65_HS1-834228961_62-HQ-83894_Section_7
Agency: FBI
Page 178
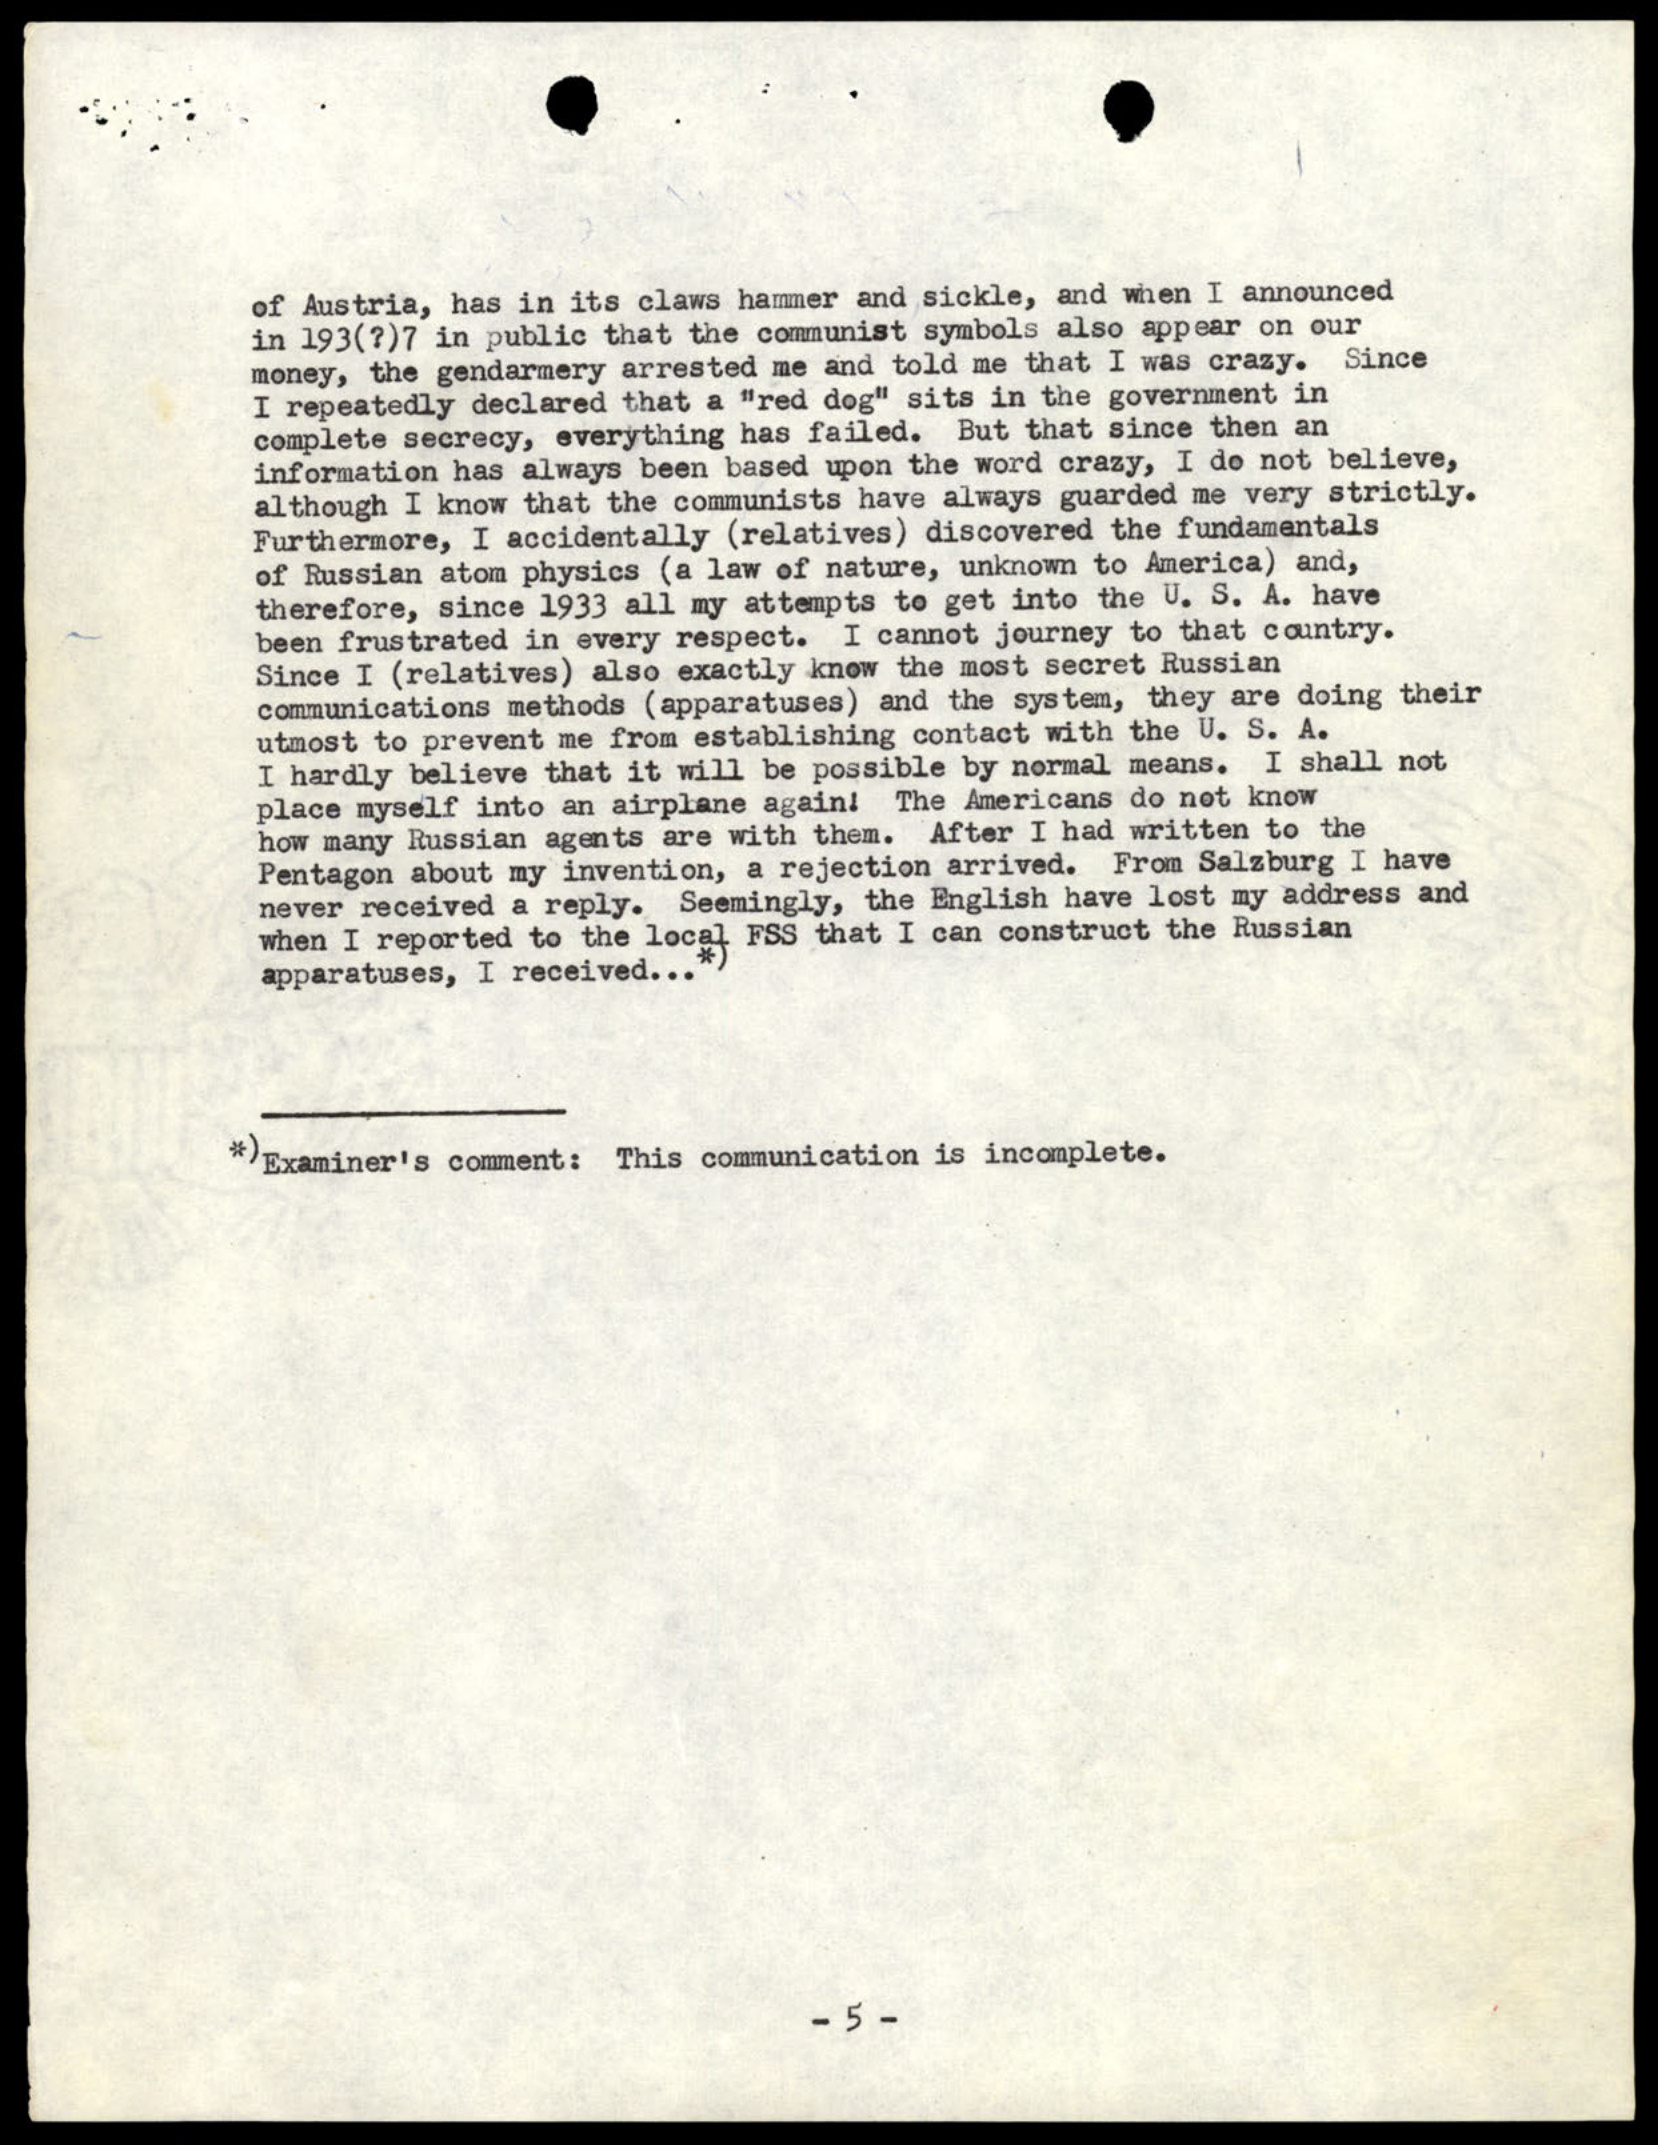